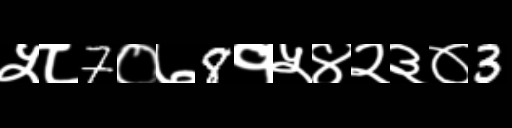
Text: ५८7०७8१५४२३०3